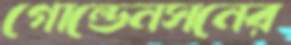
গোল্ডেনসনের